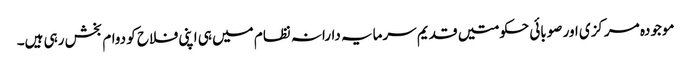
موجودہ مرکزی اور صوبائی حکومتیں قدیم سرمایہ دارانہ نظام میں ہی اپنی فلاح کو دوام بخش رہی ہیں۔